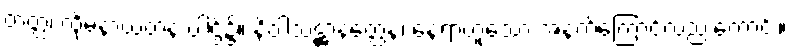
တတ္ထ၊ ထိုမနာယတနံ ပါဌ်၌။ နိဝါသဋ္ဌာနတ္ထေန၊ နေရာဟူသော အနက်ကြောင့်လည်းကောင်း။